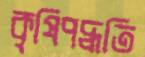
কৃষিপদ্ধতি